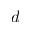
d